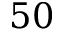
5 0